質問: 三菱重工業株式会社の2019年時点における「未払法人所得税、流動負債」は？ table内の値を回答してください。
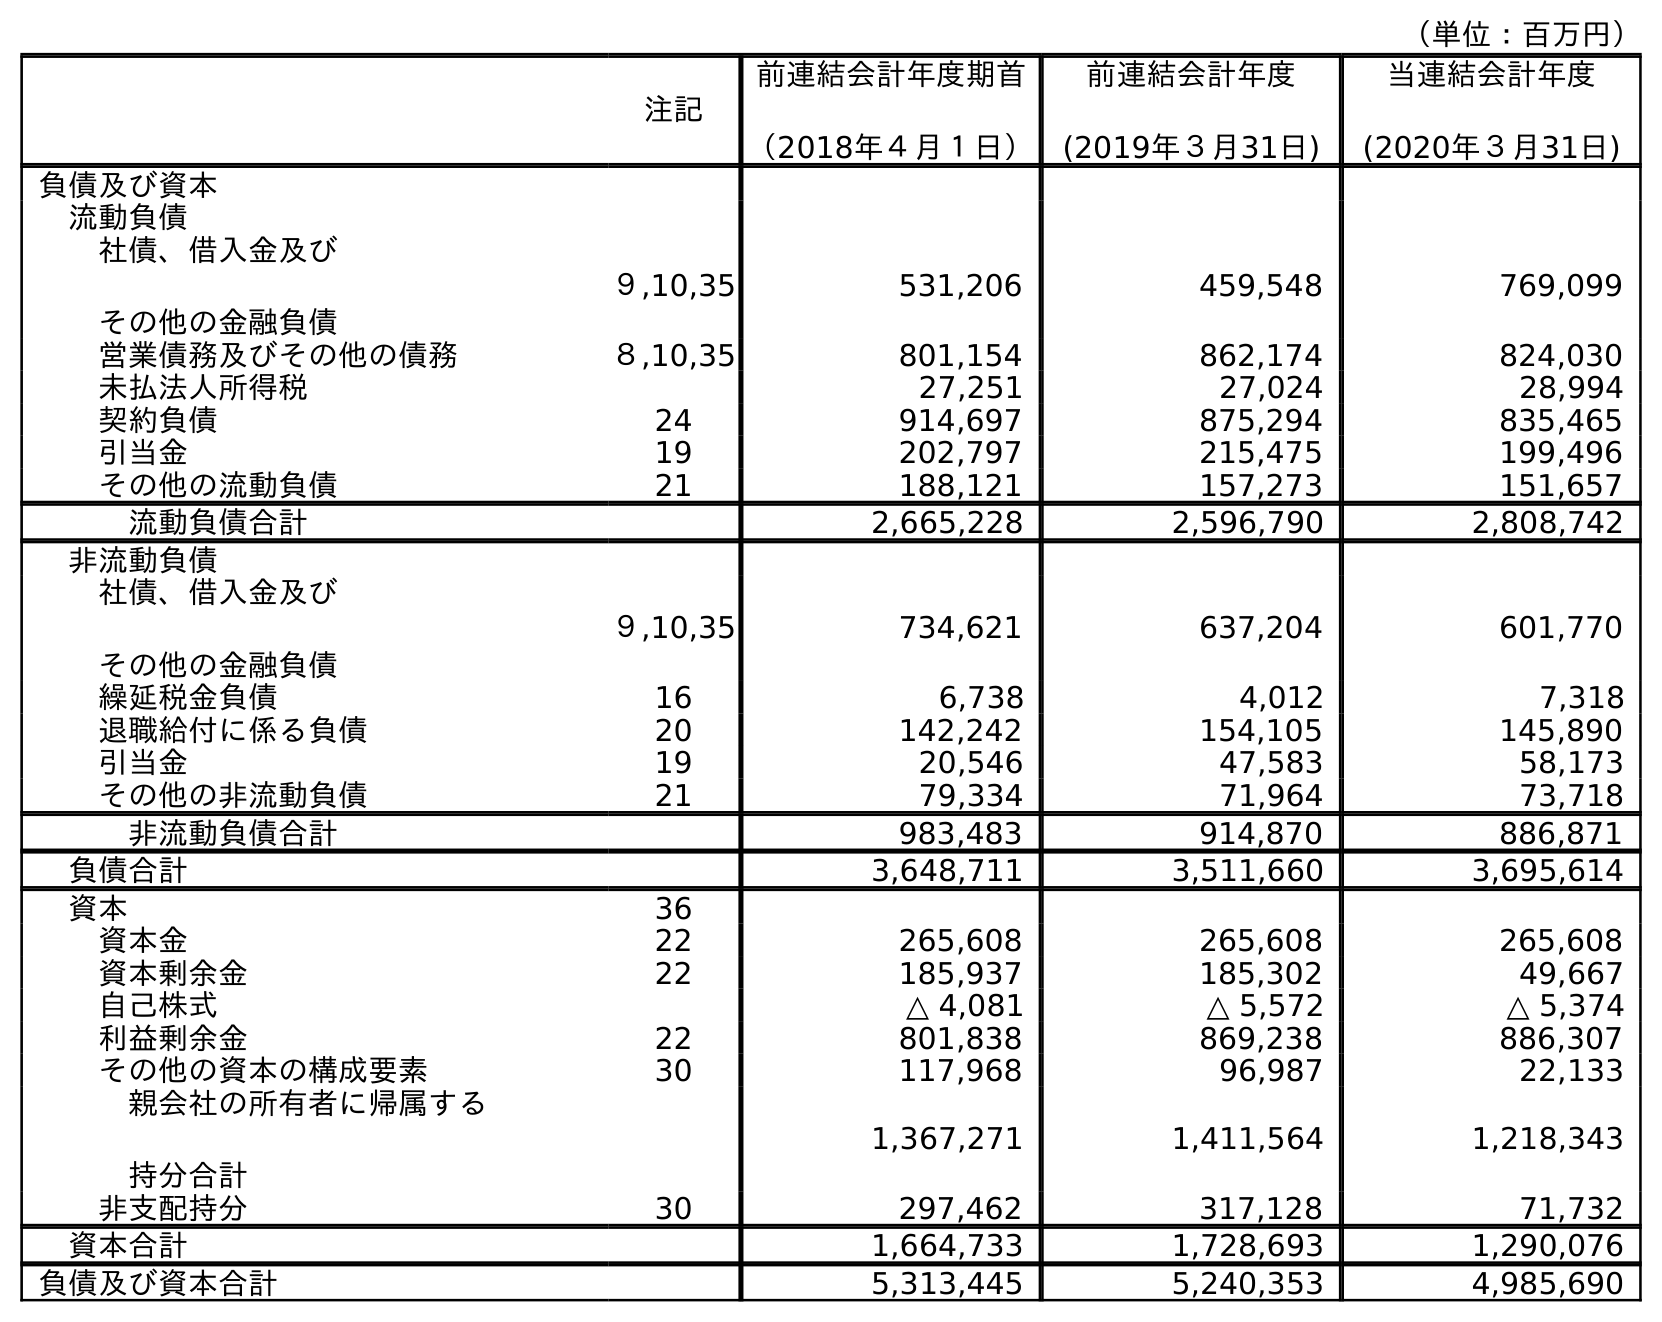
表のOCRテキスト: （単位：百万円） 注記 前連結会計年度期首 （2018年４月１日） 前連結会計年度 (2019年３月31日) 当連結会計年度 (2020年３月31日) 負債及び資本 流動負債 社債、借入金及び その他の金融負債 ９,10,35 531,206 459,548 769,099 営業債務及びその他の債務 ８,10,35 801,154 862,174 824,030 未払法人所得税 27,251 27,024 28,994 契約負債 24 914,697 875,294 835,465 引当金 19 202,797 215,475 199,496 その他の流動負債 21 188,121 157,273 151,657 流動負債合計 2,665,228 2,596,790 2,808,742 非流動負債 社債、借入金及び その他の金融負債 ９,10,35 734,621 637,204 601,770 繰延税金負債 16 6,738 4,012 7,318 退職給付に係る負債 20 142,242 154,105 145,890 引当金 19 20,546 47,583 58,173 その他の非流動負債 21 79,334 71,964 73,718 非流動負債合計 983,483 914,870 886,871 負債合計 3,648,711 3,511,660 3,695,614 資本 36 資本金 22 265,608 265,608 265,608 資本剰余金 22 185,937 185,302 49,667 自己株式 △ 4,081 △ 5,572 △ 5,374 利益剰余金 22 801,838 869,238 886,307 その他の資本の構成要素 30 117,968 96,987 22,133 親会社の所有者に帰属する 持分合計 1,367,271 1,411,564 1,218,343 非支配持分 30 297,462 317,128 71,732 資本合計 1,664,733 1,728,693 1,290,076 負債及び資本合計 5,313,445 5,240,353 4,985,690
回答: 27,024